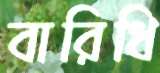
বারিধি